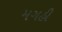
મગહી